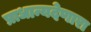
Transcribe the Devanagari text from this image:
प्राधान्यदेणारा